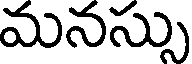
మనస్సు